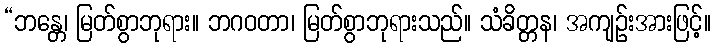
“ဘန္တေ၊ မြတ်စွာဘုရား။ ဘဂဝတာ၊ မြတ်စွာဘုရားသည်။ သံခိတ္တန၊ အကျဉ်းအားဖြင့်။